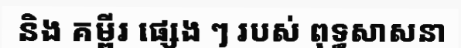
និង គម្ពីរ ផ្សេង ៗ របស់ ពុទ្ធសាសនា